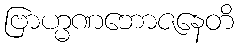
ဗြာဟ္မဏဘောဇနေတိ